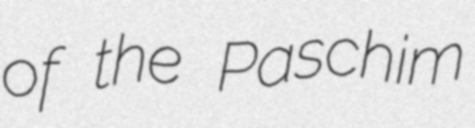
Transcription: of the Paschim